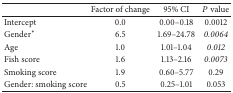
<table><thead><tr><td><b> </b></td><td><b>Factor of change</b></td><td><b>95% CI</b></td><td><b><i>P</i> value</b></td></tr></thead><tbody><tr><td>Intercept</td><td>0.0</td><td>0.00–0.18</td><td>0.0012</td></tr><tr><td>Gender*</td><td>6.5</td><td>1.69–24.78</td><td><i>0.0064 </i></td></tr><tr><td>Age</td><td>1.0</td><td>1.01–1.04</td><td><i>0.012 </i></td></tr><tr><td>Fish score</td><td>1.6</td><td>1.13–2.16</td><td><i>0.0073 </i></td></tr><tr><td>Smoking score</td><td>1.9</td><td>0.60–5.77</td><td>0.29</td></tr><tr><td>Gender: smoking score</td><td>0.5</td><td>0.25–1.01</td><td>0.053</td></tr></tbody></table>